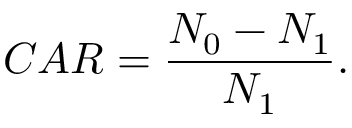
C A R = \frac { N _ { 0 } - N _ { 1 } } { N _ { 1 } } .